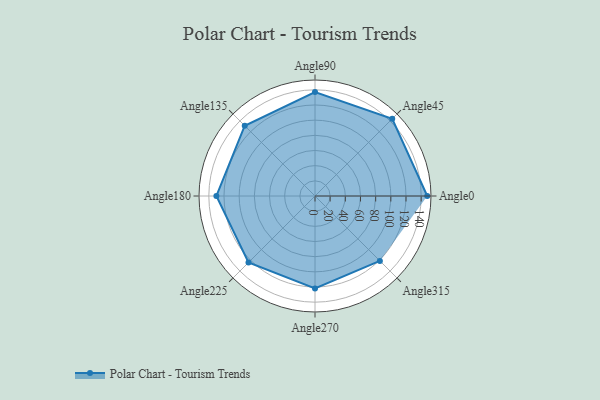
{"axis": {"x": "Angle", "y": "Radius"}, "legend": [""], "data": [{"x": "Angle0", "y": 148.0, "type": ""}, {"x": "Angle45", "y": 144.0, "type": ""}, {"x": "Angle90", "y": 137.0, "type": ""}, {"x": "Angle135", "y": 131.0, "type": ""}, {"x": "Angle180", "y": 130.0, "type": ""}, {"x": "Angle225", "y": 124.0, "type": ""}, {"x": "Angle270", "y": 122.0, "type": ""}, {"x": "Angle315", "y": 121.0, "type": ""}]}